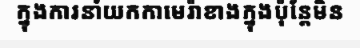
ក្នុងការនាំយកកាមេរ៉ាខាងក្នុងប៉ុន្តែមិន